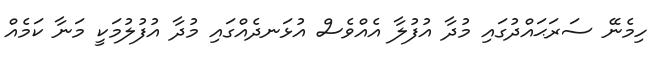
ހިމެނޭ ސަރަޙައްދުގައި މުދާ އުފުލާ އެއްވެސް އުޅަނދެއްގައި މުދާ އުފުލުމަކީ މަނާ ކަމެއް